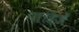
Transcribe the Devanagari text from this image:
पाहिजेँ